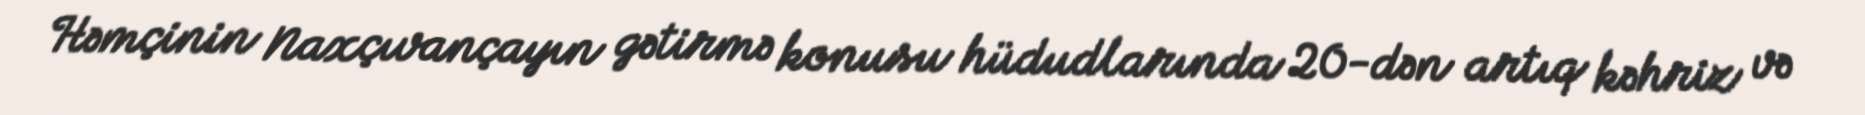
Həmçinin Naxçıvançayın gətirmə konusu hüdudlarında 20-dən artıq kəhriz və